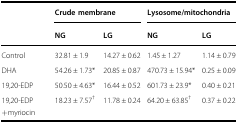
<table><thead><tr><td rowspan="2"></td><td colspan="2"><b>Crude membrane</b></td><td colspan="2"><b>Lysosome/mitochondria</b></td></tr><tr><td><b>NG</b></td><td><b>LG</b></td><td><b>NG</b></td><td><b>LG</b></td></tr></thead><tbody><tr><td>Control</td><td>32.81 ± 1.9</td><td>14.27 ± 0.62</td><td>1.45 ± 1.27</td><td>1.14 ± 0.79</td></tr><tr><td>DHA</td><td>54.26 ± 1.73*</td><td>20.85 ± 0.87</td><td>470.73 ± 15.94*</td><td>0.25 ± 0.09</td></tr><tr><td>19,20-EDP</td><td>50.50 ± 4.63*</td><td>16.44 ± 0.52</td><td>601.73 ± 23.9*</td><td>0.40 ± 0.21</td></tr><tr><td>19,20-EDP+myriocin</td><td>18.23 ± 7.57<sup>†</sup></td><td>11.78 ± 0.24</td><td>64.20 ± 63.85<sup>†</sup></td><td>0.37 ± 0.22</td></tr></tbody></table>